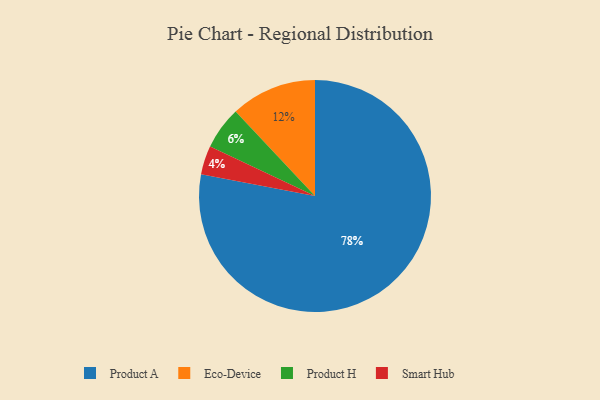
{"axis": {"x": "Category", "y": "Percentage"}, "legend": ["Eco-Device", "Product A", "Product H", "Smart Hub"], "data": [{"x": "Product H", "y": 6, "type": "Product H"}, {"x": "Product A", "y": 78, "type": "Product A"}, {"x": "Smart Hub", "y": 4, "type": "Smart Hub"}, {"x": "Eco-Device", "y": 12, "type": "Eco-Device"}]}